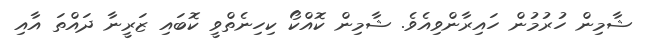
ޝާމިން ހުރުމުން ހައިރާންވިއެވެ. ޝާމިން ކޮއްކޯ ކިހިނެތްވީ ކޮބައި ޒަރީނާ ދައްތަ އާއި